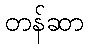
တန်ဆာ